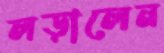
লড়ালেন